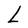
Character: L